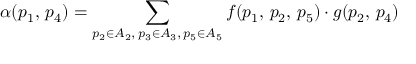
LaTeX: \alpha ( p _ { 1 } , \, p _ { 4 } ) = \displaystyle \sum _ { p _ { 2 } \in A _ { 2 } , \, p _ { 3 } \in A _ { 3 } , \, p _ { 5 } \in A _ { 5 } } f ( p _ { 1 } , \, p _ { 2 } , \, p _ { 5 } ) \cdot g ( p _ { 2 } , \, p _ { 4 } )